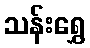
သန်းရွှေ